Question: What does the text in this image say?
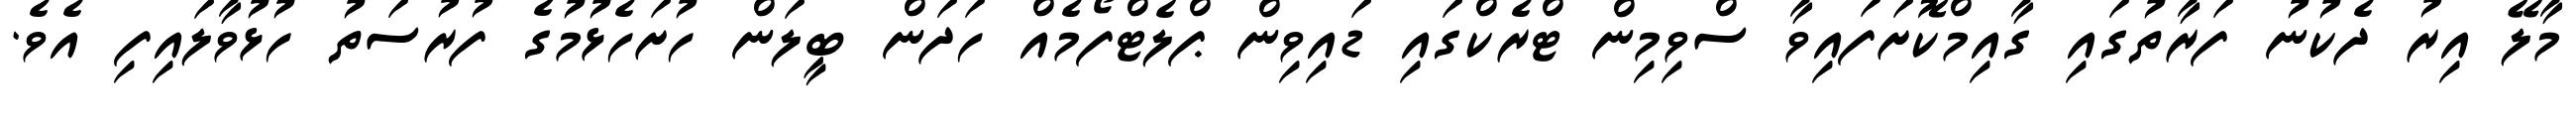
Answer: މާލޭ އިރު ދެކުނު ފަރާތުގައި ގާއިމްކޮށަފައިވާ ސްވިމިން ޓްރެކްގައި ޑައިވިން ޕްލެޓްފޯމެއް ހަދަން ބީލަން ހުށަހެޅުމުގެ ފުރުސަތު ހުޅުވާލައިފި އެވެ.